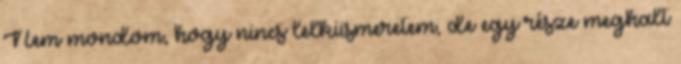
Nem mondom, hogy nincs lelkiismeretem, de egy része meghalt